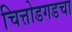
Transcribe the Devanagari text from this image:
चित्तोडगडचा